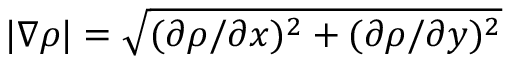
| \nabla \rho | = \sqrt { ( \partial \rho / \partial x ) ^ { 2 } + ( \partial \rho / \partial y ) ^ { 2 } }